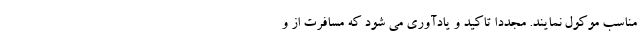
مناسب موکول نمایند. مجدداً تاکید و یادآوری می­ شود که مسافرت از و